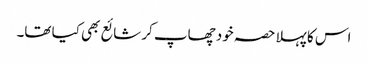
اس کا پہلا حصہ خود چھاپ کر شائع بھی کیا تھا۔